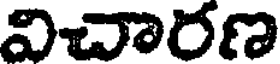
విచారణ